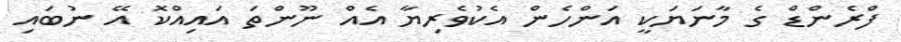
ފްރެންޑް ގެ މާނަޔަކީ އަންހެން އެކުވެރިޔާ އެއް ނޫންތަ އައިއްކޮ އޭ ނުބައި